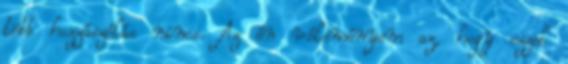
több hozzászólás nincs. Az én véleményem az, hogy ezzel